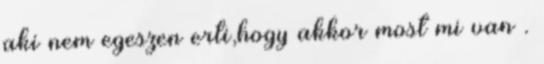
aki nem egeszen erti,hogy akkor most mi van .